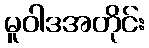
မူဝါဒအတိုင်း